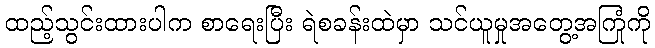
ထည့်သွင်းထားပါက စာရေးပြီး ရဲစခန်းထဲမှာ သင်ယူမှုအတွေ့အကြုံကို